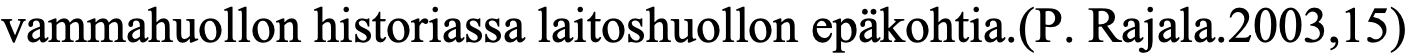
vammahuollon historiassa laitoshuollon epäkohtia.(P. Rajala.2003,15)